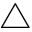
\bigtriangleup